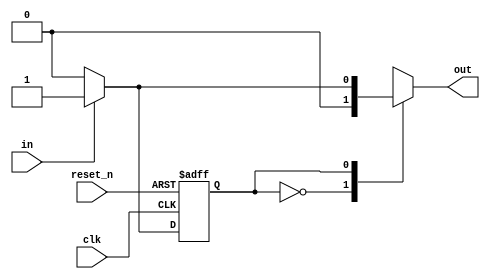
module mealyFSM (
input      clk,
input      reset_n,
input      in,
output reg out
);
reg  Current_state; 
reg  Next_state; 
  localparam S0 = 1'b0; 
  localparam S1 = 1'b1;  
always @(posedge clk or negedge reset_n) begin
    if(!reset_n) 
		Current_state <= S0;
    else 
		Current_state <= Next_state;
end
always @(*) 
begin
	Next_state = S0; 
	case(Current_state)	
	S0: begin
			out = 1'b0;
	     if(in) Next_state = S1;
		  else   Next_state = S0;
		 end				
	S1 : 
	     if(in) begin
		  Next_state = S1;
		  out = 1'b1;
		  end else begin 
		  Next_state = S0;
		  out = 1'b0;
		 end
	endcase
end 
endmodule